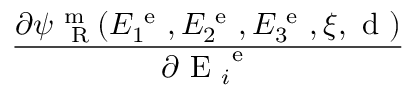
\frac { \partial { \psi } _ { \mathrm { ~ \tiny ~ R ~ } } ^ { \mathrm { ~ m ~ } } ( E _ { 1 } ^ { \mathrm { ~ e ~ } } , E _ { 2 } ^ { \mathrm { ~ e ~ } } , E _ { 3 } ^ { \mathrm { ~ e ~ } } , \xi , \mathrm { ~ d ~ } ) } { \partial { \mathrm { ~ E ~ } _ { i } ^ { \mathrm { ~ e ~ } } } }